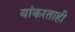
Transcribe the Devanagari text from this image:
यांकरताही